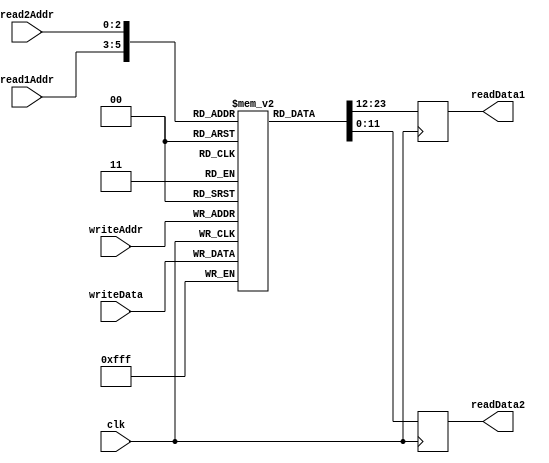
module Registers (\n    input wire clk,\n    input [2:0] read1Addr,\n    input [2:0] read2Addr,\n    input [2:0] writeAddr,\n    input [11:0] writeData,\n    output wire [11:0] readData1,\n    output wire [11:0] readData2\n);\n    reg [11:0] myreg [7:0];\n    initial \n        begin\n            myreg[0] = 30;\n            myreg[1] = 40;\n            myreg[5] = 12'b010111000000;\n            myreg[6] = 12'b001111000000;\n            // 010111001100 is the result\n        end\n    reg [11:0] tempReadData1;\n    reg [11:0] tempReadData2;\n    always @(posedge clk)\n        begin\n            myreg[writeAddr] <= writeData;\n            tempReadData1 <= myreg[read1Addr];\n            tempReadData2 <= myreg[read2Addr];\n        end\n    assign readData1 = tempReadData1;\n    assign readData2 = tempReadData2;\nendmodule
module DFF (\n    input wire clk,\n    input wire d,\n    output reg q\n);\n    always @(posedge clk) \n        begin\n            q <= d;\n        end\n    \n    always @(negedge clk)\n        begin\n            q <= d;\n        end\nendmodule
module Register (\n    input wire clk,\n    input wire we,\n    input wire [11:0] data,\n    output wire [11:0] out\n);\n    wire myclk;\n    and (myclk, clk, we);\n    DFF d [11:0] (myclk, data, out);\nendmodule
module RegisterFile (\n    input wire clk,\n    input wire we,\n    input [2:0] read1Addr,\n    input [2:0] read2Addr,\n    input [2:0] writeAddr,\n    input [11:0] writeData,\n    output wire [11:0] readData1,\n    output wire [11:0] readData2\n);\n    wire [7:0] we_all;\n\n    Demux d (writeAddr, we, we_all);\n\n    wire [7:0][11:0] val;\n    Register myreg [7:0] (clk, we_all, writeData, val);\n\n    MUX8 m1 [11:0] (readData1, read1Addr, val);\n    MUX8 m2 [11:0] (readData2, read2Addr, val);\nendmodule